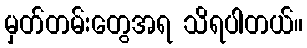
မှတ်တမ်းတွေအရ သိရပါတယ်။